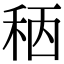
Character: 䄼